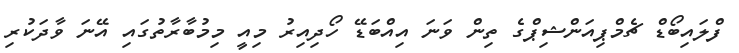
ފްލައިބޯޑް ޗެމްޕިއަންޝިޕްގެ ތިން ވަނަ އިއްބަޑޭ ހޯދިއިރު މިއީ މިމުބާރާތުގައި އޭނަ ވާދަކުރި